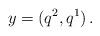
LaTeX: \begin{align*}y=(q^{2},q^{1})\,.\end{align*}